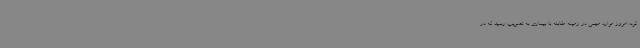
کرد: امروز موارد مهمی در زمینه مقابله با بیماری به تصویب رسید که در